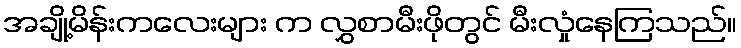
အချို့မိန်းကလေးများ က လွှစာမီးဖိုတွင် မီးလှုံနေကြသည်။